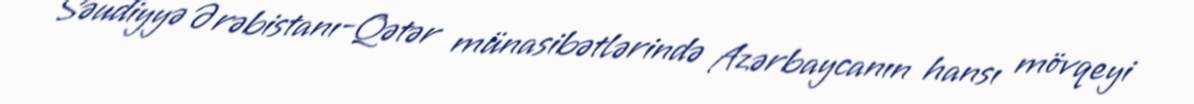
Səudiyyə Ərəbistanı-Qətər münasibətlərində Azərbaycanın hansı mövqeyi